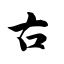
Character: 古